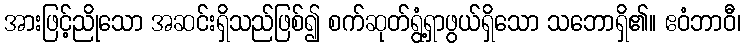
အားဖြင့်ညိုသော အဆင်းရှိသည်ဖြစ်၍ စက်ဆုတ်ရွံ့ရှာဖွယ်ရှိသော သဘောရှိ၏။ ဧဝံဘာဝီ၊